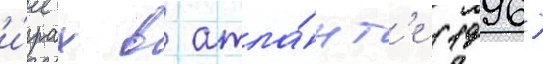
и́грах в атла́нт'е (1996)